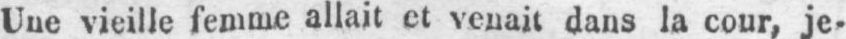
Une vieille femme allait et venait dans la cour, je-